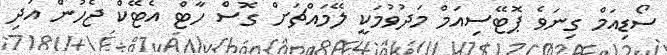
ސޯޑިއަމް ގިނަވެ ޕޮޓޭސިއަމް މަދުވުމަކީ ލޭމައްޗަށް ގޮސް ހާޓް އެޓޭކް ޖެހުން އަދި